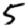
Digit: 5